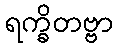
ရက္ခိတဗ္ဗာ